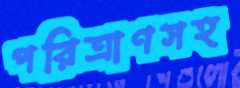
পরিত্রাণসহ